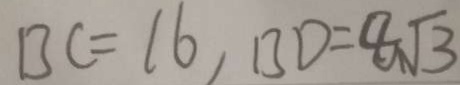
B C = 1 6 , B D = 8 \sqrt { 3 }